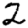
Digit: 2